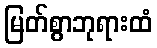
မြတ်စွာဘုရားထံ